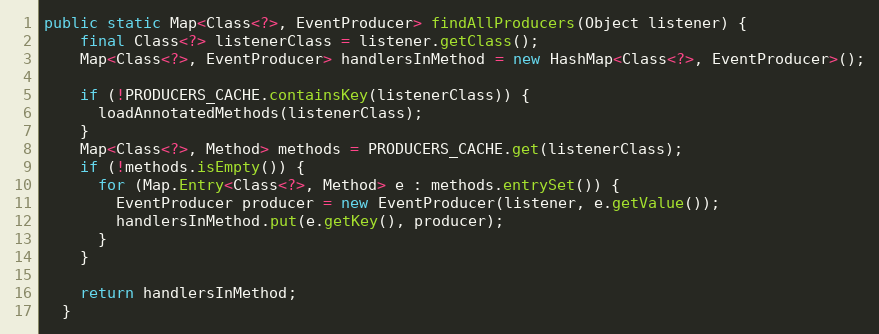
Language: Java
public static Map<Class<?>, EventProducer> findAllProducers(Object listener) {
    final Class<?> listenerClass = listener.getClass();
    Map<Class<?>, EventProducer> handlersInMethod = new HashMap<Class<?>, EventProducer>();

    if (!PRODUCERS_CACHE.containsKey(listenerClass)) {
      loadAnnotatedMethods(listenerClass);
    }
    Map<Class<?>, Method> methods = PRODUCERS_CACHE.get(listenerClass);
    if (!methods.isEmpty()) {
      for (Map.Entry<Class<?>, Method> e : methods.entrySet()) {
        EventProducer producer = new EventProducer(listener, e.getValue());
        handlersInMethod.put(e.getKey(), producer);
      }
    }

    return handlersInMethod;
  }